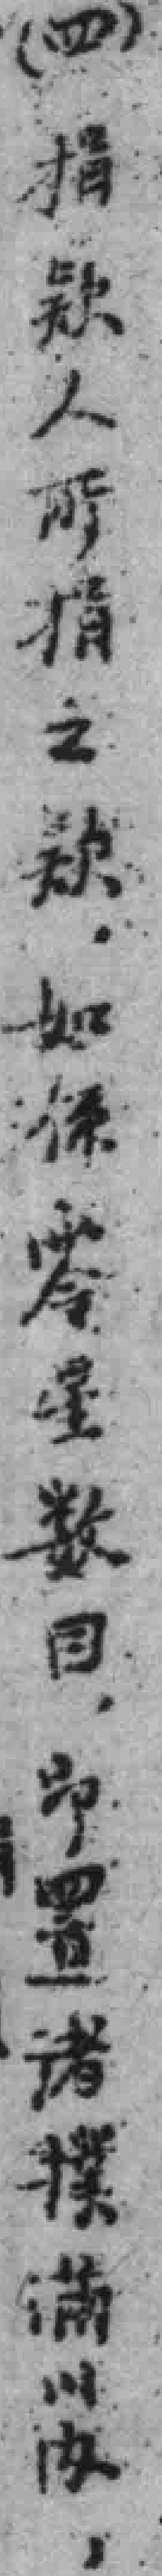
（四）捐欵人所捐之欵，如係零星数目，即置诸撲滿以內，